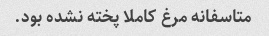
متاسفانه مرغ کاملا پخته نشده بود‌.